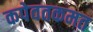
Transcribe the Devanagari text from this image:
कपेवतकमत